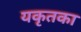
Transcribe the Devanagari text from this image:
यकृतका